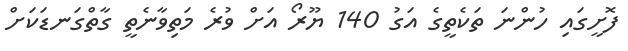
ފޮށީގައި ހުންނަ ތަކެތީގެ އަގު 140 ޔޫރޯ އަށް ވުރެ މަތިވާނެތީ ގާތްގަނޑަކަށް